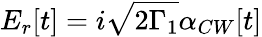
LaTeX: E_{r}[t]=i\sqrt{2\Gamma_{1}}\alpha_{CW}[t]